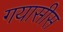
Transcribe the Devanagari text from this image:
गयासीस